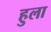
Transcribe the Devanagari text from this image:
हुला